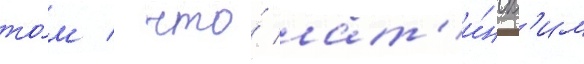
то́м / что́ лат'и́нск'им